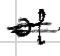
Text: of
Cross-out: double-line
Writing tool: digital_black